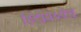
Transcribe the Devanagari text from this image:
हिंदीमध्येच